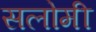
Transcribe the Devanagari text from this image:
सलोमी